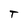
Character: T